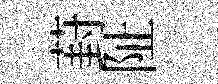
葑阯